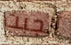
أنجبت